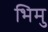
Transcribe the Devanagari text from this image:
भिमु